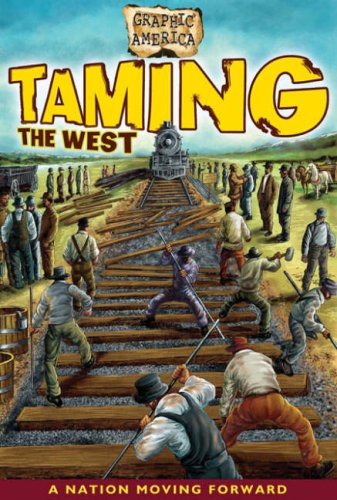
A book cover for Graphic America: Taming the West; Darren Sechrist; Children's Books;